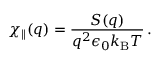
\chi _ { \parallel } ( q ) = \frac { S ( q ) } { q ^ { 2 } \epsilon _ { 0 } k _ { \mathrm { B } } T } \, .